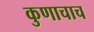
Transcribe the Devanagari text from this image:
कुणाचाच